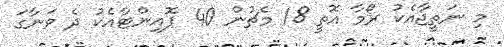
މި ނަތީޖާއެކު ރޯމާ އޮތީ 18 މެޗުން 40 ޕޮއިންޓާއެކު ދެ ވަނާގަ